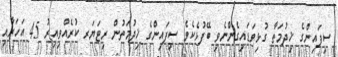
ސިފައިންގެ ޚިދުމަތާ ގުޅިވަޑައިގެންނެވި ބޭފުޅެކެވެ ސިފައިންގެ ޚިދުމަތުން ރިޓަޔަރ ކުރެއްވިއިރު 45 އަހަރާއި